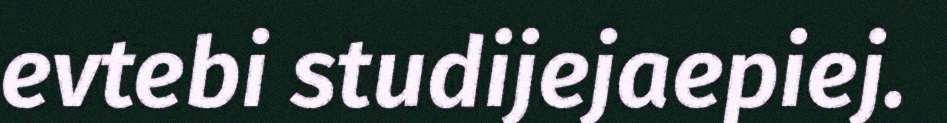
evtebi studijejaepiej.